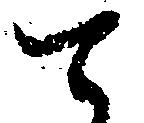
て